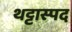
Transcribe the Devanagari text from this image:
थट्टास्पद